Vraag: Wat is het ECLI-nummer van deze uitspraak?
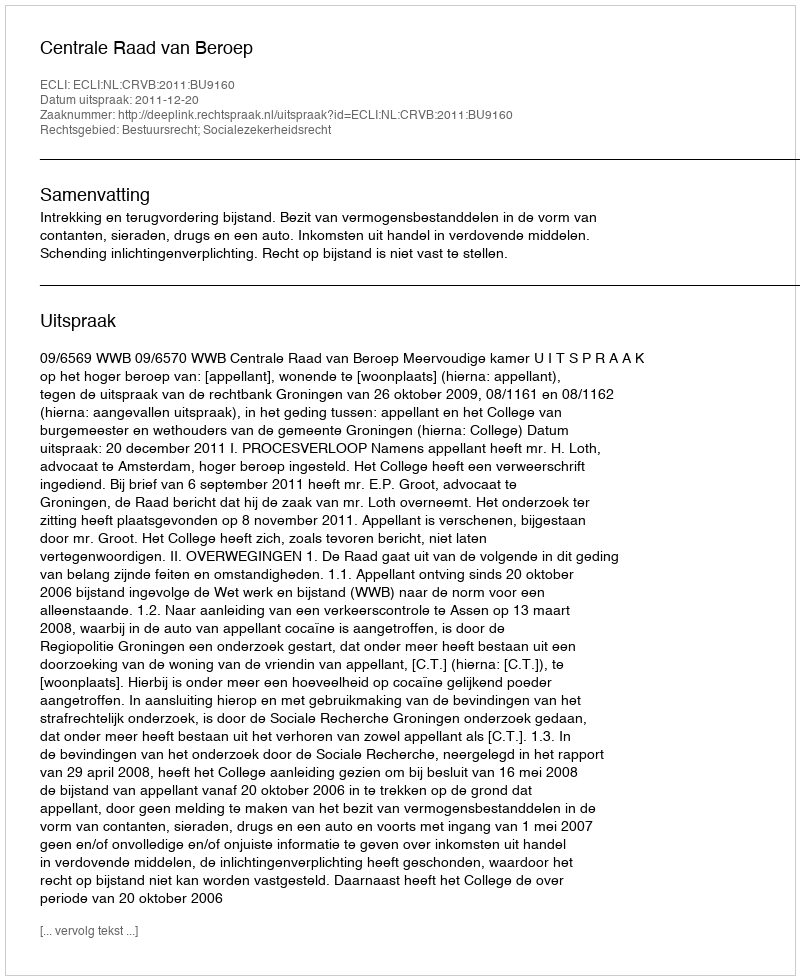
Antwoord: ECLI:NL:CRVB:2011:BU9160